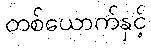
တစ်ယောက်နှင့်